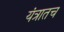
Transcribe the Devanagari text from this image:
यंत्रातच